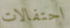
احتفالات